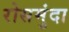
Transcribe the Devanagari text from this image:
रोसमुंदा